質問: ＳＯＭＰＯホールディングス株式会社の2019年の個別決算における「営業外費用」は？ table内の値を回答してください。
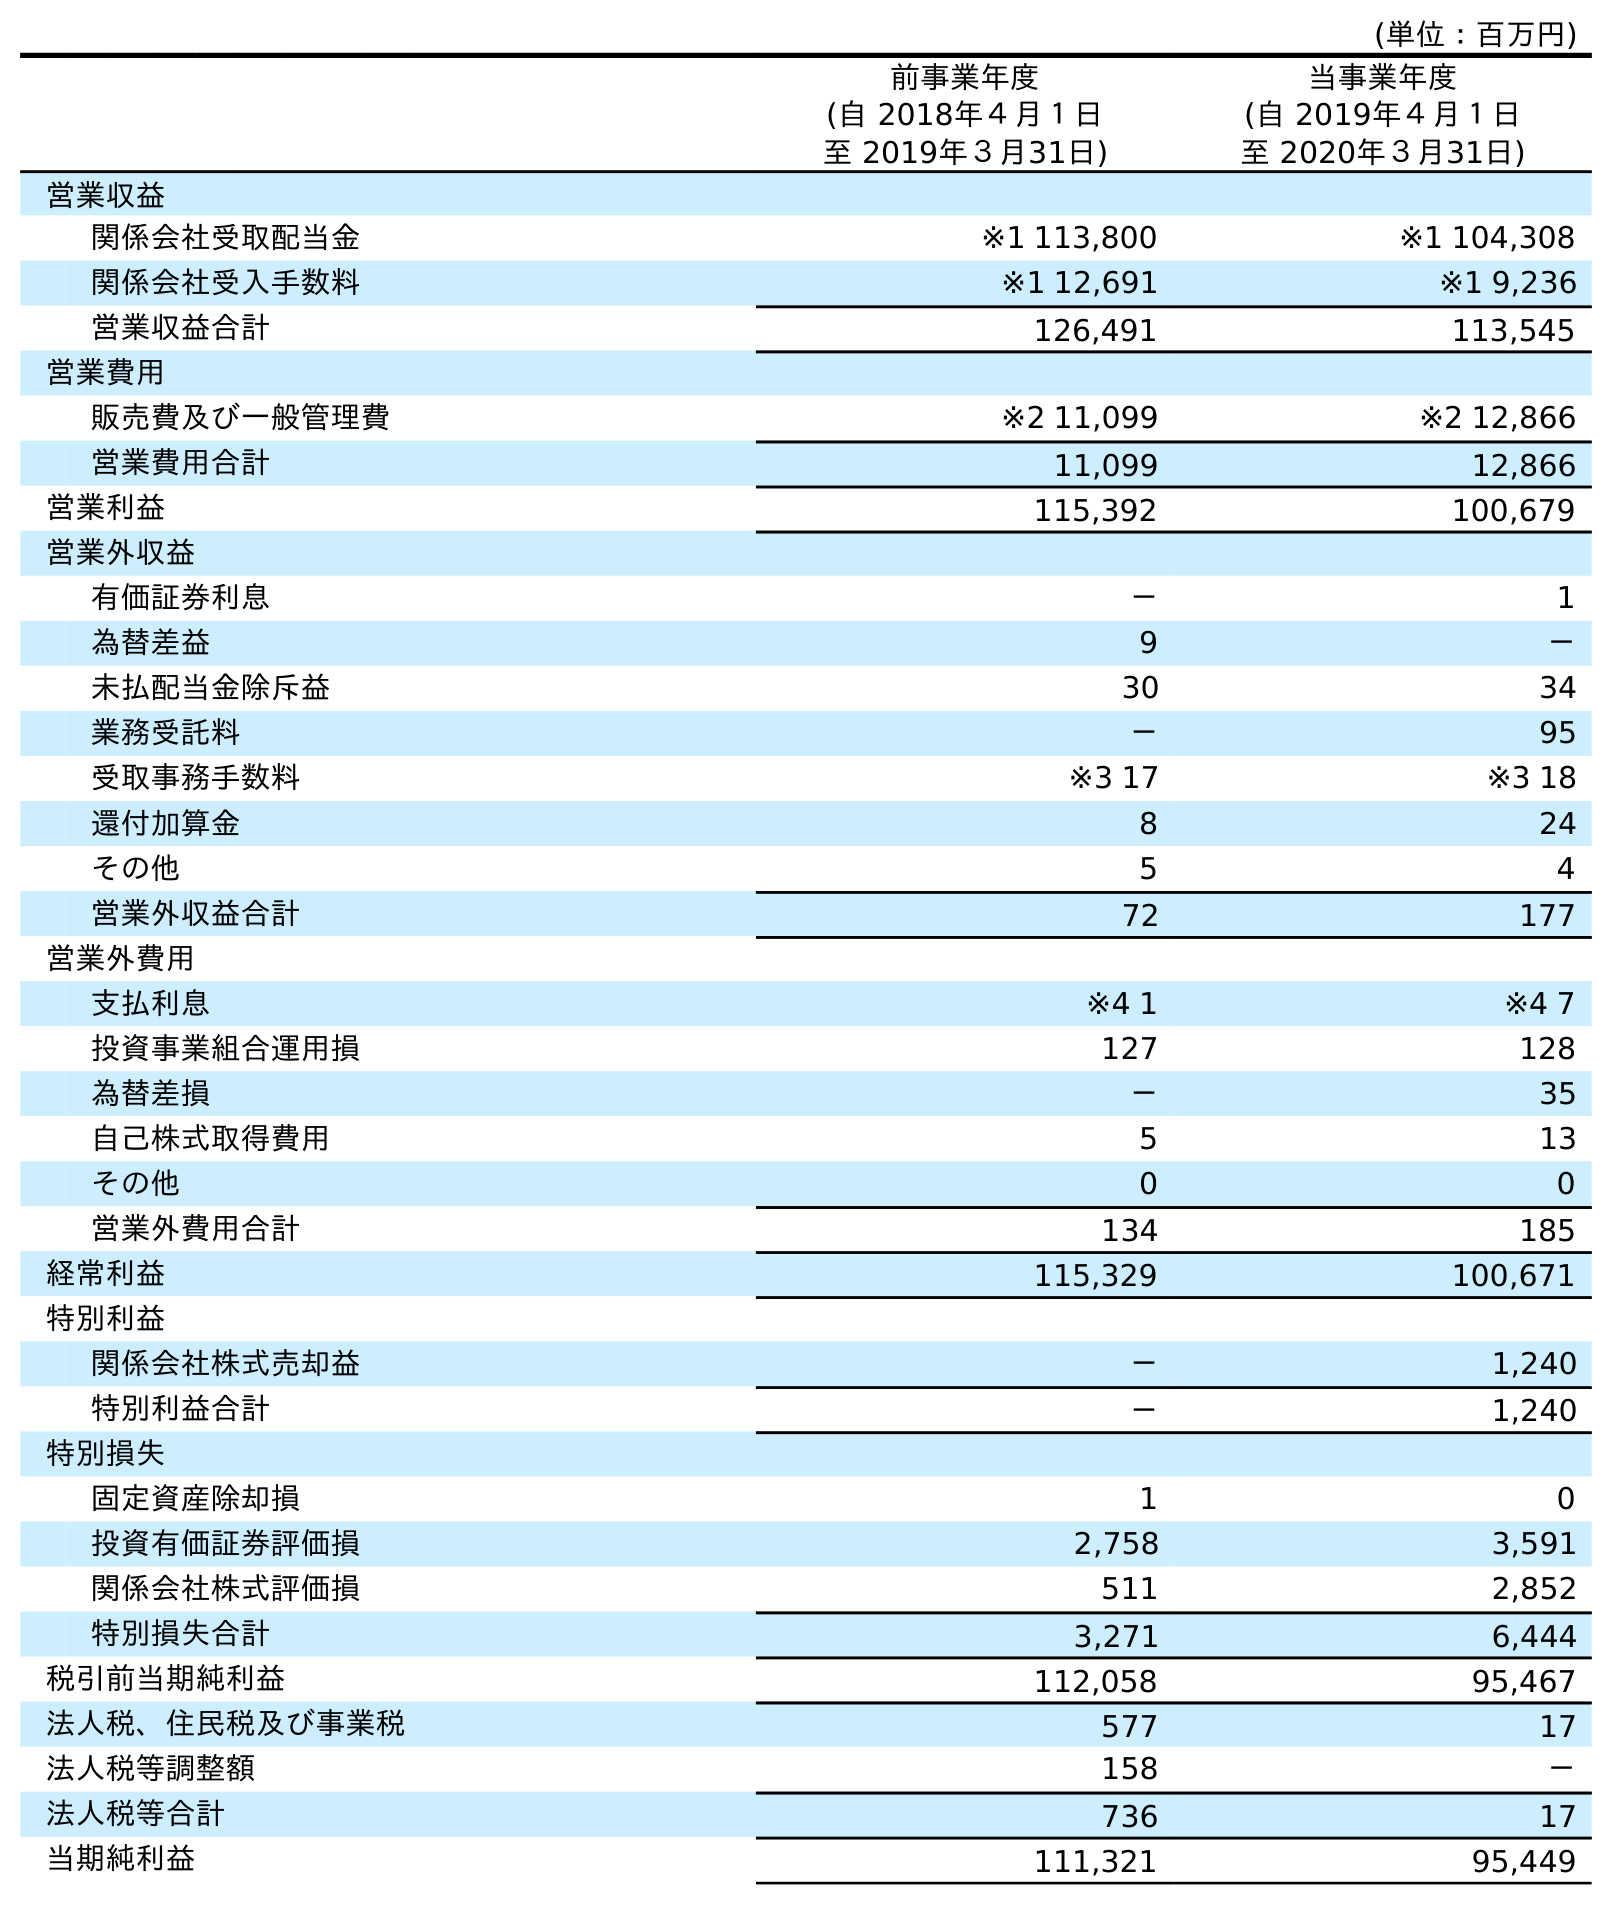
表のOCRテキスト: (単位：百万円) 前事業年度 (自 2018年４月１日 至 2019年３月31日) 当事業年度 (自 2019年４月１日 至 2020年３月31日) 営業収益 関係会社受取配当金 ※1 113,800 ※1 104,308 関係会社受入手数料 ※1 12,691 ※1 9,236 営業収益合計 126,491 113,545 営業費用 販売費及び一般管理費 ※2 11,099 ※2 12,866 営業費用合計 11,099 12,866 営業利益 115,392 100,679 営業外収益 有価証券利息 － 1 為替差益 9 － 未払配当金除斥益 30 34 業務受託料 － 95 受取事務手数料 ※3 17 ※3 18 還付加算金 8 24 その他 5 4 営業外収益合計 72 177 営業外費用 支払利息 ※4 1 ※4 7 投資事業組合運用損 127 128 為替差損 － 35 自己株式取得費用 5 13 その他 0 0 営業外費用合計 134 185 経常利益 115,329 100,671 特別利益 関係会社株式売却益 － 1,240 特別利益合計 － 1,240 特別損失 固定資産除却損 1 0 投資有価証券評価損 2,758 3,591 関係会社株式評価損 511 2,852 特別損失合計 3,271 6,444 税引前当期純利益 112,058 95,467 法人税、住民税及び事業税 577 17 法人税等調整額 158 － 法人税等合計 736 17 当期純利益 111,321 95,449
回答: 134